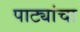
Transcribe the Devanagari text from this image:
पाट्यांचा